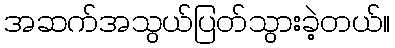
အဆက်အသွယ်ပြတ်သွားခဲ့တယ်။